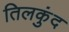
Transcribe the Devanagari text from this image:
तिलकुंद